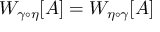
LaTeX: W _ { \gamma \circ \eta } [ A ] = W _ { \eta \circ \gamma } [ A ]